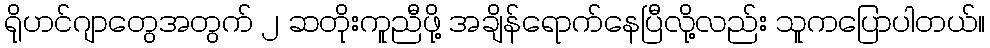
ရိုဟင်ဂျာတွေအတွက် ၂ ဆတိုးကူညီဖို့ အချိန်ရောက်နေပြီလို့လည်း သူကပြောပါတယ်။